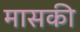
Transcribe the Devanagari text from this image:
मासकी